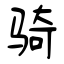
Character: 骑